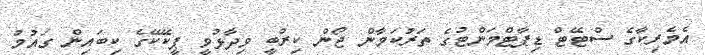
އެމެރިކާގެ ސްޓޭޓް ޑިޕާޓްމަންޓުގެ ތަރުކަމާން ޖޯން ކިރްބީ ވިދާޅުވީ ޕީކޭކޭގެ ކިބައިން ގައުމު